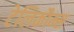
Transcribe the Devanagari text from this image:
टेलिकौम्स